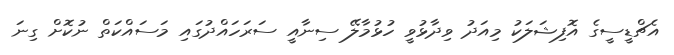
އެޗްޑީސީގެ އޮފިޝަލަކު މިއަދު ވިދާޅުވީ ހުޅުމާލޭ ސިނާއީ ސަރަހައްދުގައި މަސައްކަތް ނުކޮށް ގިނަ